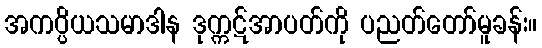
အကပ္ပိယသမာဒါန ဒုက္ကဋ်အာပတ်ကို ပညတ်တော်မူခန်း။